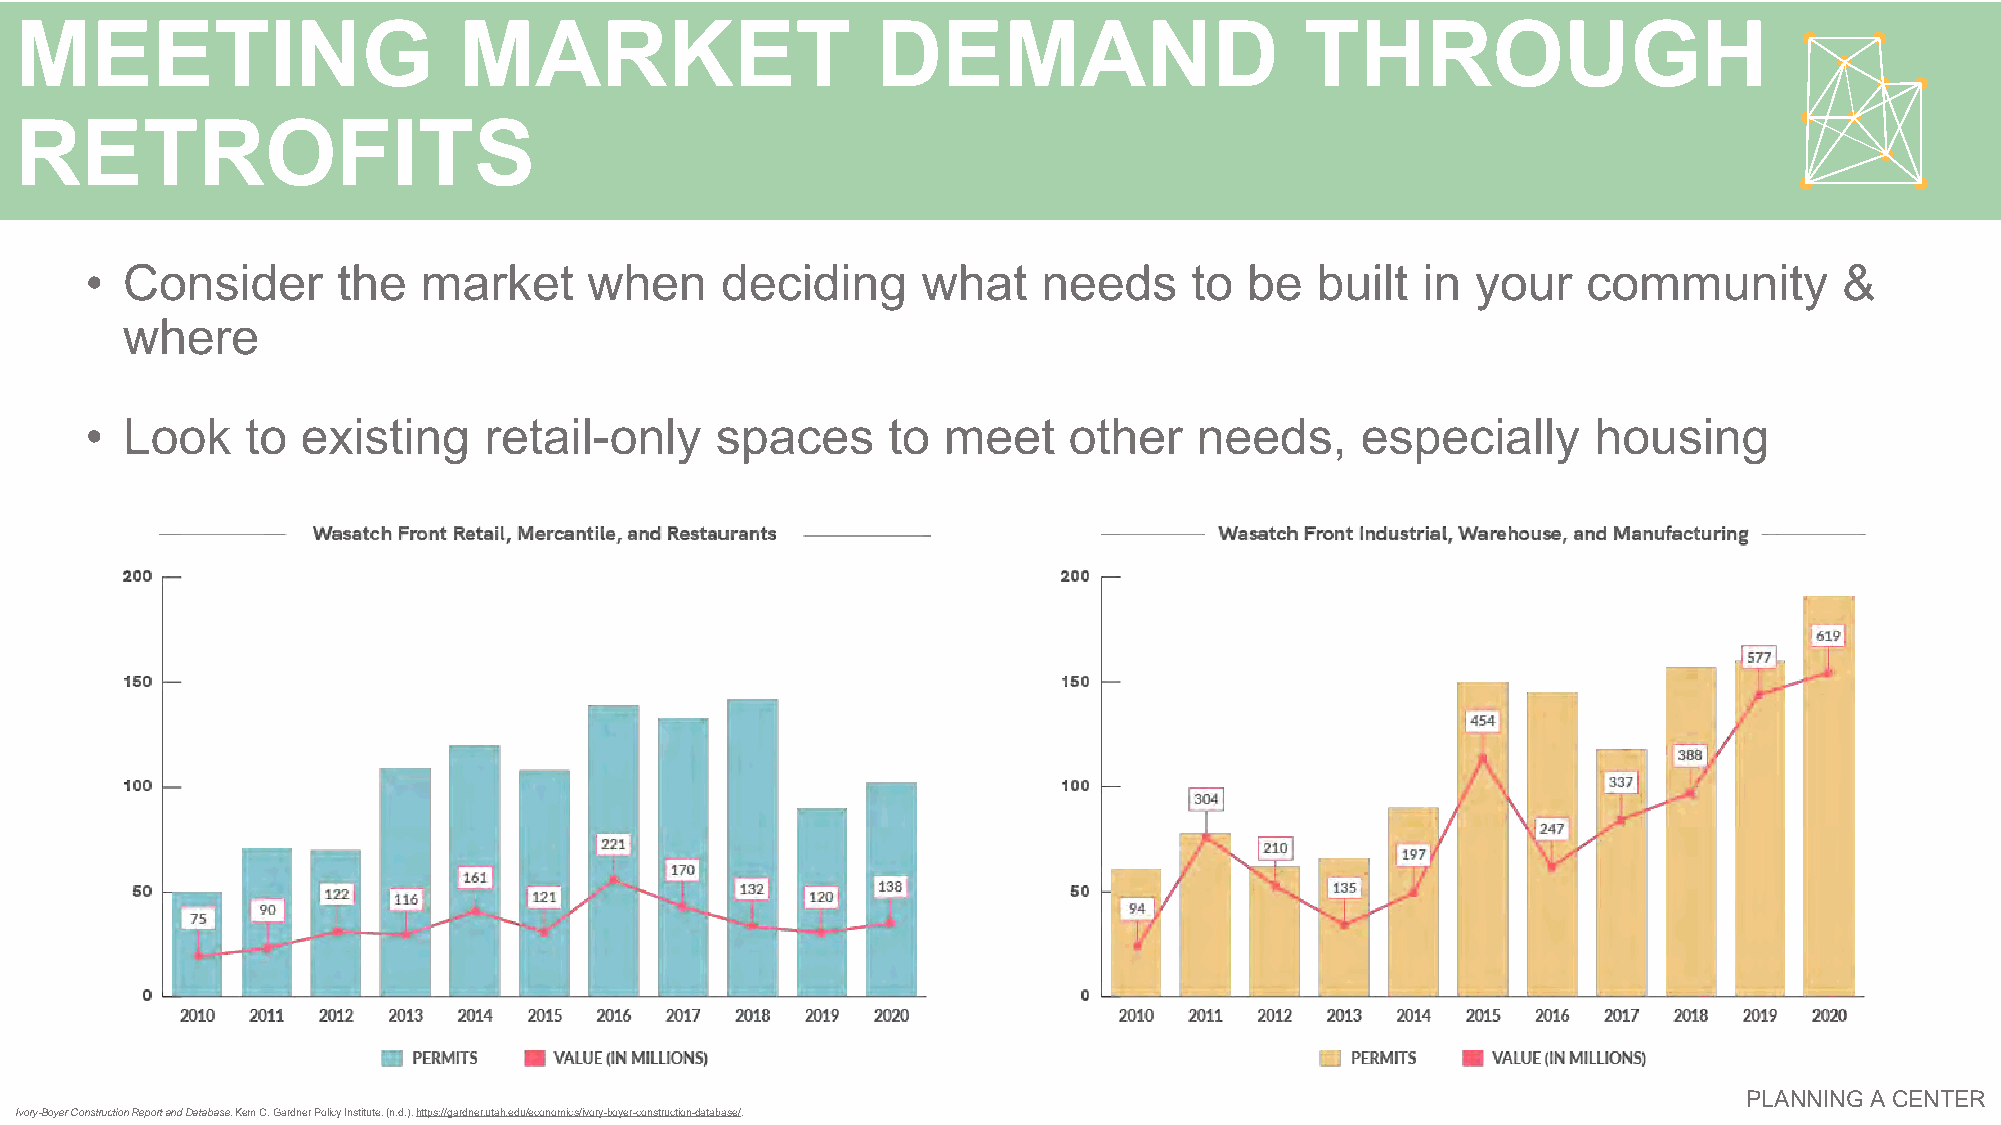
MEETING                      MARKET                      DEMAND                      THROUGH
 RETROFITS
 • Consider      the   market     when     deciding     what    needs     to  be  built  in  your   community        &
 where
 • Look    to  existing    retail-only    spaces      to meet     other   needs,     especially      housing
 PLANNING A CENTER
 Ivory-Boyer Construction Report and Database. Kem C. Gardner Policy Institute. (n.d.). https://gardner.utah.edu/economics/ivory-boyer-construction-database/.